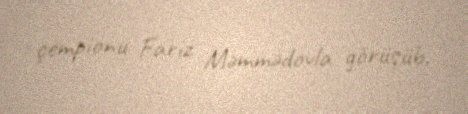
çempionu Fariz Məmmədovla görüşüb.